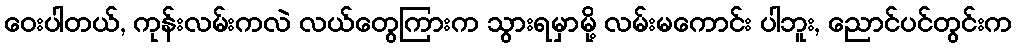
ဝေးပါတယ်, ကုန်းလမ်းကလဲ လယ်တွေကြားက သွားရမှာမို့ လမ်းမကောင်း ပါဘူး, ညောင်ပင်တွင်းက